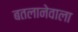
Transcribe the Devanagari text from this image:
बतलानेवाला